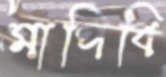
মাপিবি